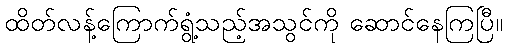
ထိတ်လန့်ကြောက်ရွံ့သည့်အသွင်ကို ဆောင်နေကြပြီ။